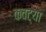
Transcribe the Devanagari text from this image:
कवट्या